Annual report on the working of the mental hospitals in the Madras Presidency - 1912-1932
Year: 1912
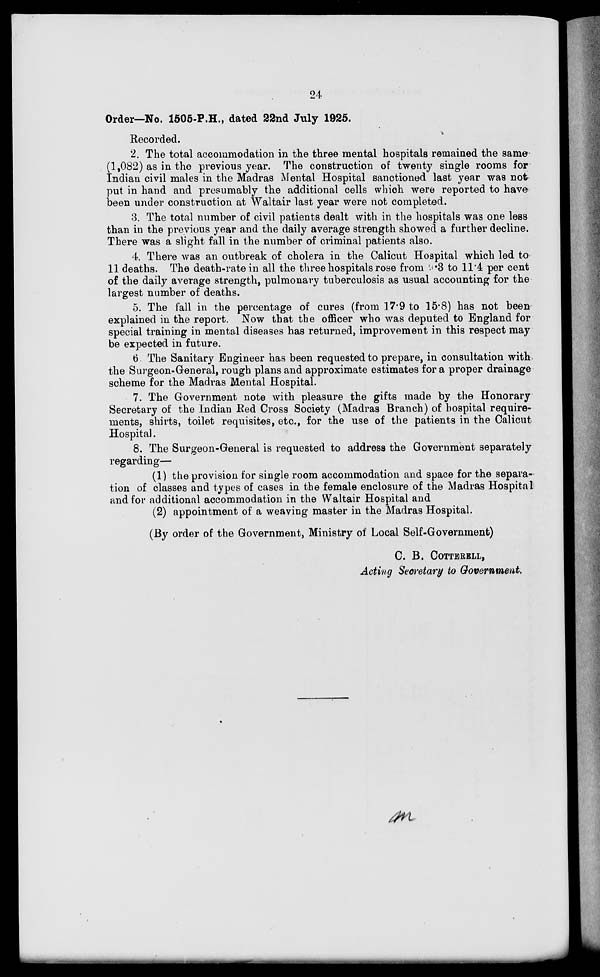
24
Order—No. 1505-P.H., dated 22nd July 1925.
Recorded.
2. The total accommodation in the three mental hospitals remained the same
(1,082) as in the previous year. The construction of twenty single rooms for
Indian civil males in the Madras Mental Hospital sanctioned last year was not
put in hand and presumably the additional cells which were reported to have
been under construction at Waltair last year were not completed.
3. The total number of civil patients dealt with in the hospitals was one less
than in the previous year and the daily average strength showed a further decline.
There was a slight fall in the number of criminal patients also.
4. There was an outbreak of cholera in the Calicut Hospital which led to
11 deaths. The death-rate in all the three hospitals rose from .3 to 11.4 per cent
of the daily average strength, pulmonary tuberculosis as usual accounting for the
largest number of deaths.
5. The fall in the percentage of cures (from 17.9 to 15.8) has not been
explained in the report. Now that the officer who was deputed to England for
special training in mental diseases has returned, improvement in this respect may
be expected in future.
6 The Sanitary Engineer has been requested to prepare, in consultation with
the Surgeon-General, rough plans and approximate estimates for a proper drainage
scheme for the Madras Mental Hospital.
7. The Government note with pleasure the gifts made by the Honorary
Secretary of the Indian Red Cross Society (Madras Branch) of hospital require-
ments, shirts, toilet requisites, etc., for the use of the patients in the Calicut
Hospital.
8. The Surgeon-General is requested to address the Government separately
regarding—
(1) the provision for single room accommodation and space for the separa-
tion of classes and types of cases in the female enclosure of the Madras Hospital
and for additional accommodation in the Waltair Hospital and
(2) appointment of a weaving master in the Madras Hospital.
(By order of the Government, Ministry of Local Self-Government)
C. B. COTTERELL,
Acting Secretary to Government